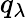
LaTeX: q_{\lambda}